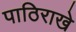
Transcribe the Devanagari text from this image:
पाठिराखे